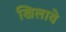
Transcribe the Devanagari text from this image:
खिलावे